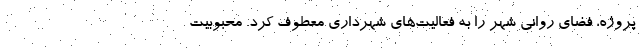
پروژه، فضای روانی شهر را به فعالیت‌های شهرداری معطوف کرد. محبوبیت